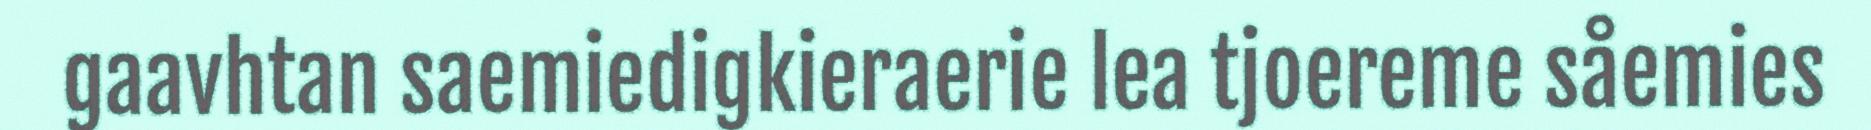
gaavhtan saemiedigkieraerie lea tjoereme såemies